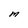
Character: M